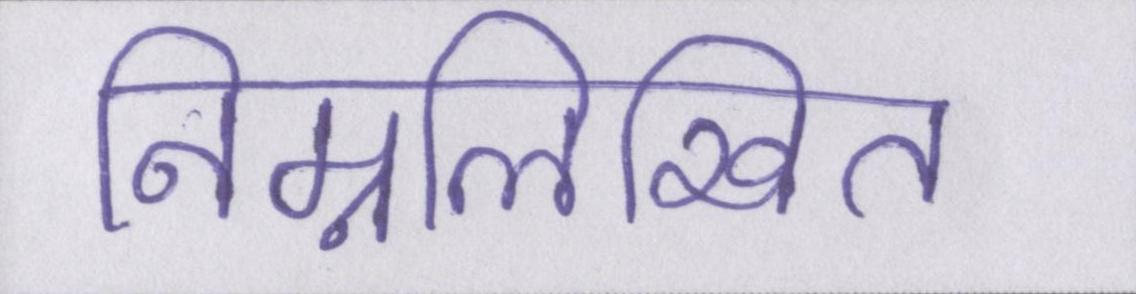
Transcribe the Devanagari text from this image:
निम्नलिखित